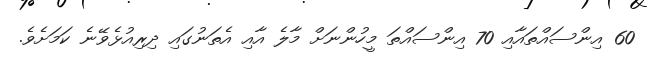
60 އިންސައްތައާއި 70 އިންސައްތަ މީހުންނަށް މާލެ އާއި އެތަނުގައި ދިރިއުޅެވޭނެ ކަމަށެވެ.